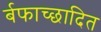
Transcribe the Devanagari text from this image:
र्बफाच्छादित